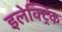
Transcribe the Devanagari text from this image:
इलेक्ट्रिक